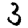
Digit: 3